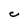
Character: C